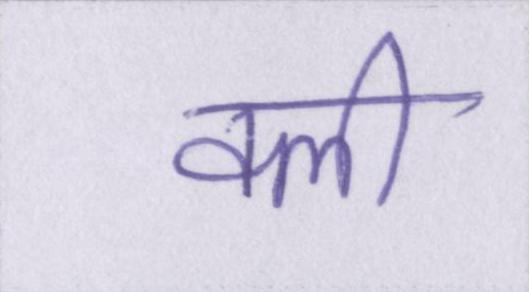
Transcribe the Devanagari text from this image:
क्ली